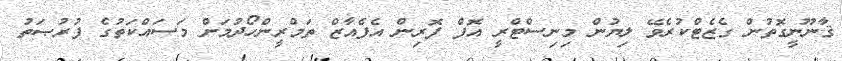
ޤާނޫނީގޮތުން ގެޒެޓްކުރެވޭ ލިޔުން މިނިސްޓްރީ އޮފް ފޮރިން އެފެއާޒް ތަމްރީންހޯދުމަށް މަސައްކަތުގެ ފުރުޞަތު